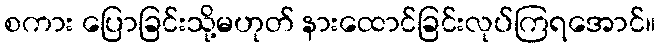
စကား ပြောခြင်းသို့မဟုတ် နားထောင်ခြင်းလုပ်ကြရအောင်။